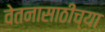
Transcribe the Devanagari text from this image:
वेतनासाठीच्या